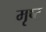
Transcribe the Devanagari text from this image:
मृष्ट